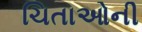
ચિતાઓની